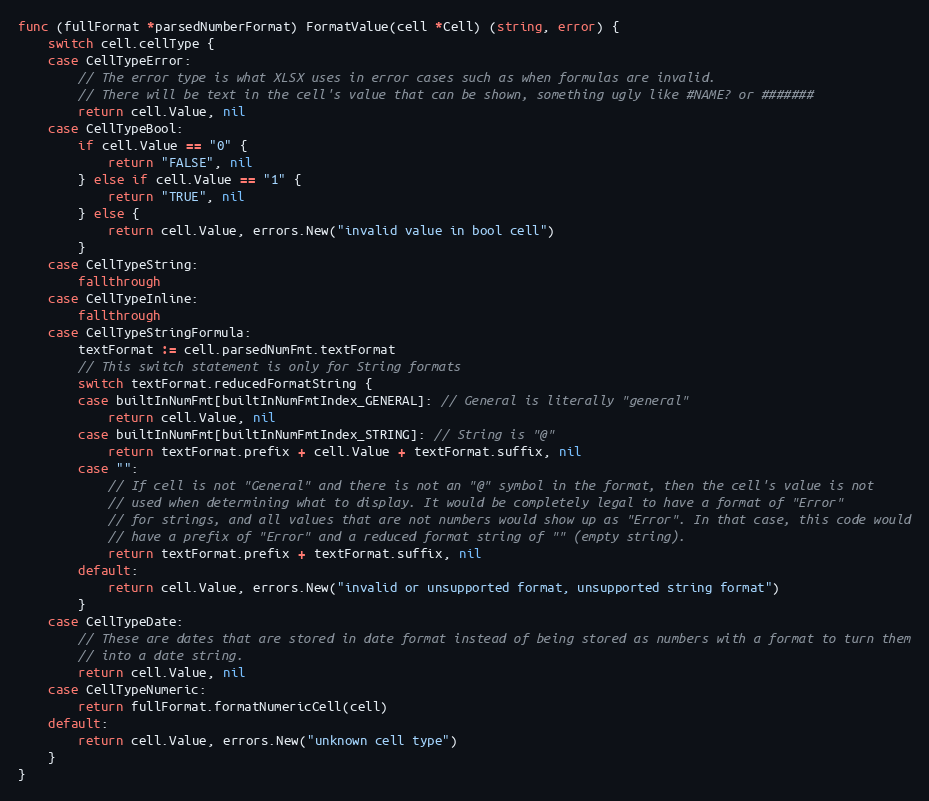
Language: Go
func (fullFormat *parsedNumberFormat) FormatValue(cell *Cell) (string, error) {
	switch cell.cellType {
	case CellTypeError:
		// The error type is what XLSX uses in error cases such as when formulas are invalid.
		// There will be text in the cell's value that can be shown, something ugly like #NAME? or #######
		return cell.Value, nil
	case CellTypeBool:
		if cell.Value == "0" {
			return "FALSE", nil
		} else if cell.Value == "1" {
			return "TRUE", nil
		} else {
			return cell.Value, errors.New("invalid value in bool cell")
		}
	case CellTypeString:
		fallthrough
	case CellTypeInline:
		fallthrough
	case CellTypeStringFormula:
		textFormat := cell.parsedNumFmt.textFormat
		// This switch statement is only for String formats
		switch textFormat.reducedFormatString {
		case builtInNumFmt[builtInNumFmtIndex_GENERAL]: // General is literally "general"
			return cell.Value, nil
		case builtInNumFmt[builtInNumFmtIndex_STRING]: // String is "@"
			return textFormat.prefix + cell.Value + textFormat.suffix, nil
		case "":
			// If cell is not "General" and there is not an "@" symbol in the format, then the cell's value is not
			// used when determining what to display. It would be completely legal to have a format of "Error"
			// for strings, and all values that are not numbers would show up as "Error". In that case, this code would
			// have a prefix of "Error" and a reduced format string of "" (empty string).
			return textFormat.prefix + textFormat.suffix, nil
		default:
			return cell.Value, errors.New("invalid or unsupported format, unsupported string format")
		}
	case CellTypeDate:
		// These are dates that are stored in date format instead of being stored as numbers with a format to turn them
		// into a date string.
		return cell.Value, nil
	case CellTypeNumeric:
		return fullFormat.formatNumericCell(cell)
	default:
		return cell.Value, errors.New("unknown cell type")
	}
}